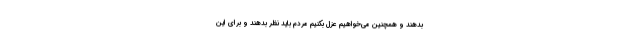
بدهند و همچنین می‌خواهیم عزل بکنیم مردم باید نظر بدهند و برای این